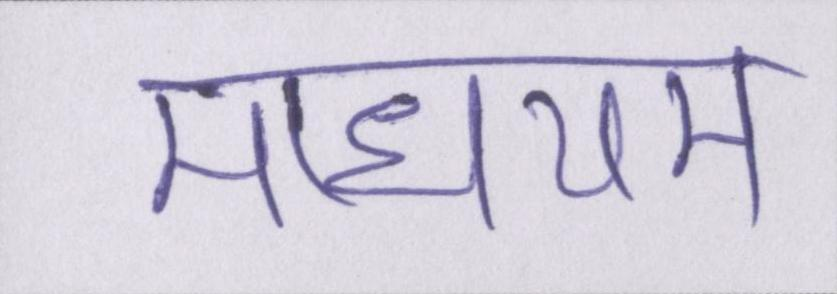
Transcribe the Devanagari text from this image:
माधयम